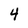
Character: 4